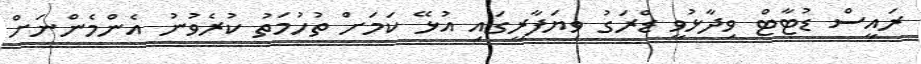
ރައީސް ޑުޓާޓް ވިދާޅުވީ ޑްރަގު ވިޔަފާރީގައި އުޅޭ ކަމަށް ތުހުމަތު ކުރެވުނު އެންމެންނަށް